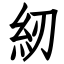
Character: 紉